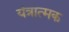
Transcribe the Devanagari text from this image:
यंत्रात्मक